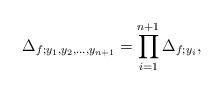
LaTeX: \begin{align*} \Delta_{f; y_{1}, y_2,\ldots, y_{n+1}}= \prod_{i=1}^{n+1}\Delta_{f; y_{i}}, \end{align*}